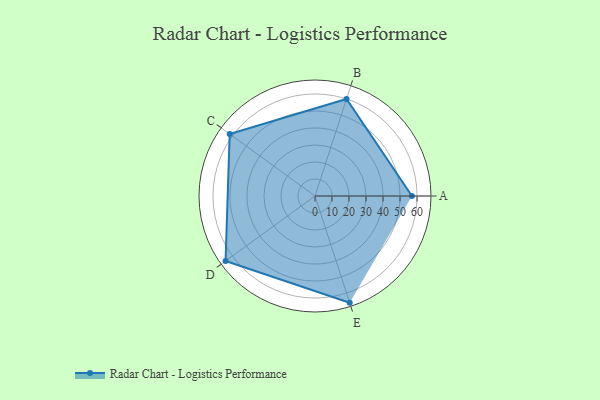
{"axis": {"x": "Skill", "y": "Score"}, "legend": ["Profile"], "data": [{"x": "A", "y": 57.0, "type": "Profile"}, {"x": "B", "y": 60.0, "type": "Profile"}, {"x": "C", "y": 62.0, "type": "Profile"}, {"x": "D", "y": 65.0, "type": "Profile"}, {"x": "E", "y": 66.0, "type": "Profile"}]}